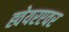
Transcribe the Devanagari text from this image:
ह्वेयरएवर